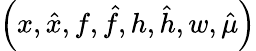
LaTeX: \Big(x,\hat{x},f,\hat{f},h,\hat{h},w,\hat{\mu}\Big)